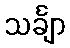
သင်္ချာ